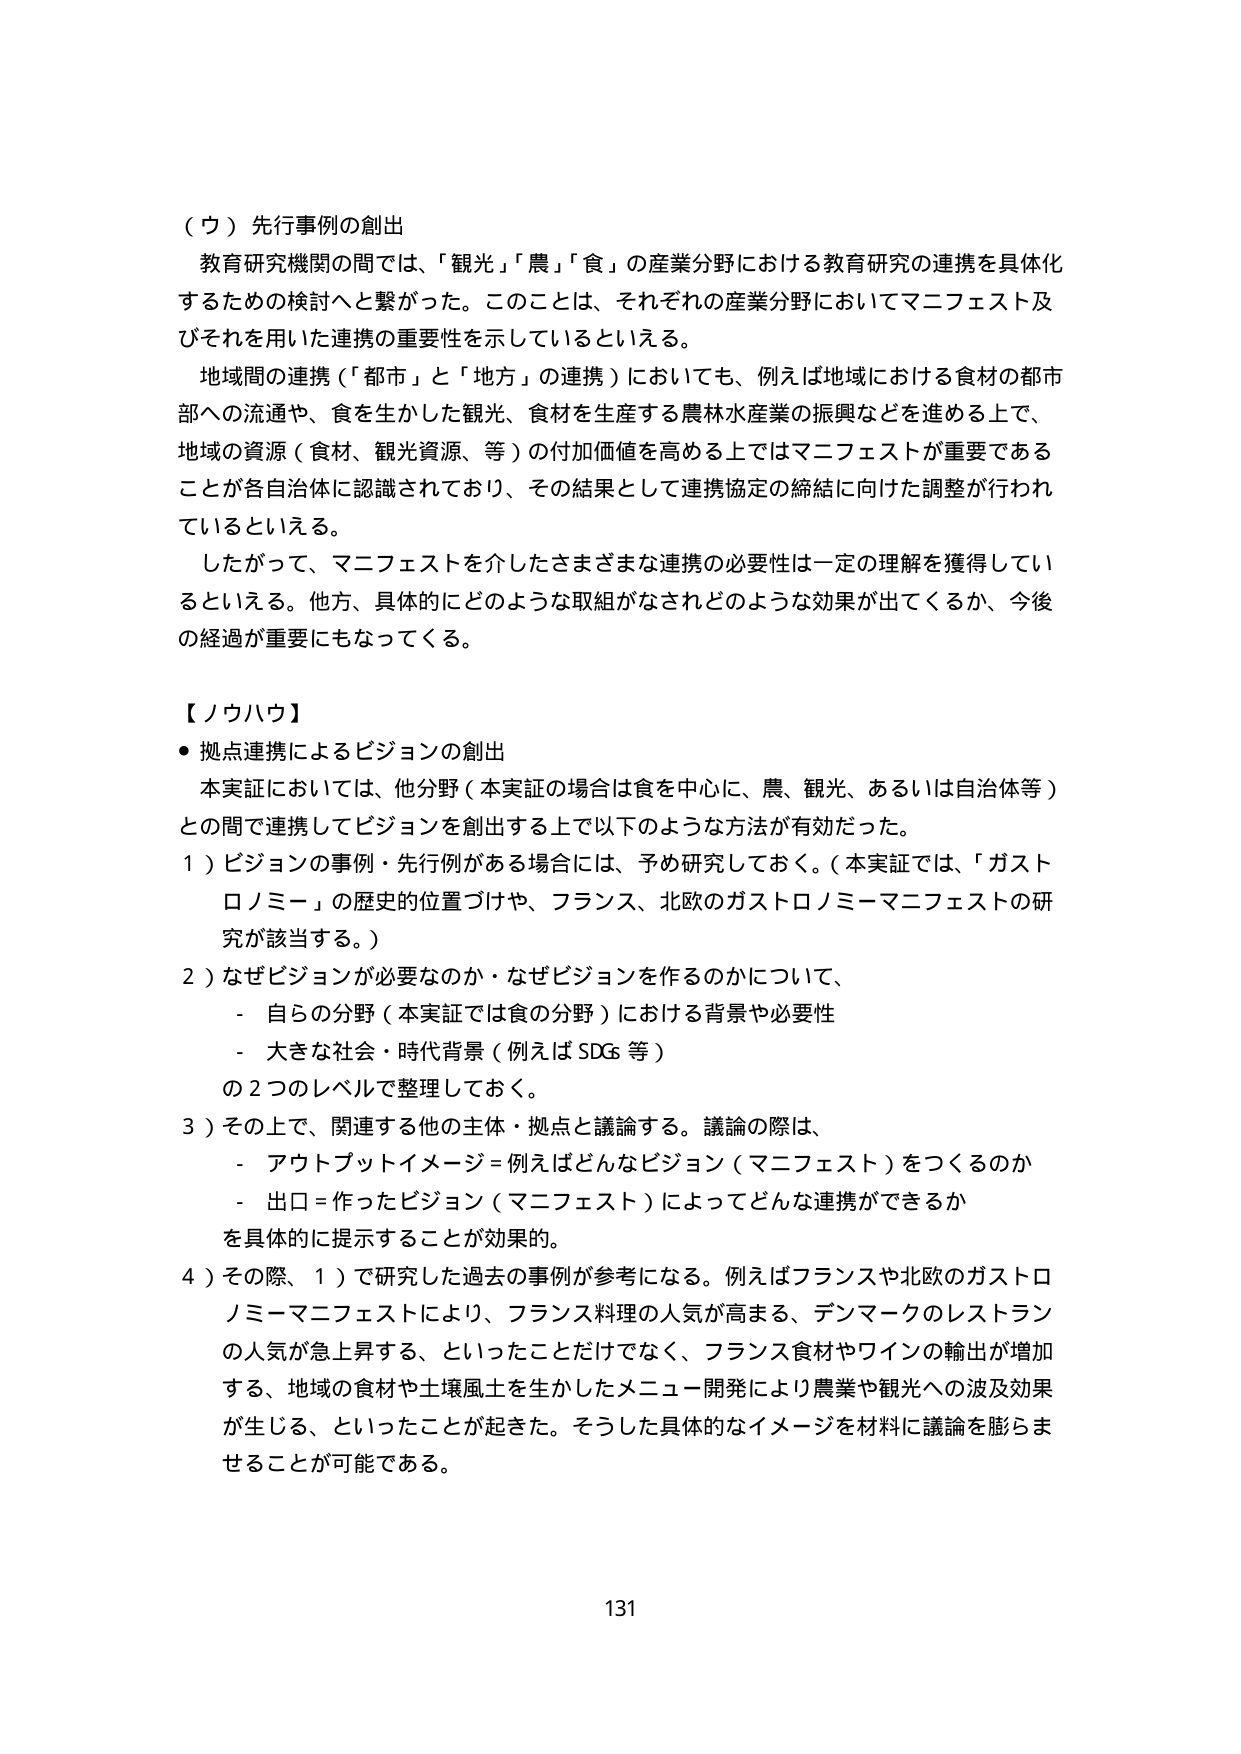
（ウ）先行事例の創出
教育研究機関の間では、「観光」「農」「食」の産業分野における教育研究の連携を具体化するための検討へと繋がった。このことは、それぞれの産業分野においてマニフェスト及びそれを用いた連携の重要性を示しているといえる。
地域間の連携（「都市」と「地方」の連携）においても、例えば地域における食材の都市部への流通や、食を生かした観光、食材を生産する農林水産業の振興などを進める上で、地域の資源（食材、観光資源、等）の付加価値を高める上ではマニフェストが重要であることが各自治体に認識されており、その結果として連携協定の締結に向けた調整が行われているといえる。
したがって、マニフェストを介したさまざまな連携の必要性は一定の理解を獲得しているといえる。他方、具体的にどのような取組がなされどのような効果が出てくるか、今後の経過が重要にもなってくる。

【ノウハウ】
・拠点連携によるビジョンの創出
本実証においては、他分野（本実証の場合は食を中心に、農、観光、あるいは自治体等）との間で連携してビジョンを創出する上で以下のような方法が有効だった。
1）ビジョンの事例・先行例がある場合には、予め研究しておく。（本実証では、「ガストロノミー」の歴史的位置づけや、フランス、北欧のガストロノミーマニフェストの研究が該当する。）
2）なぜビジョンが必要なのか・なぜビジョンを作るのかについて、
　- 自らの分野（本実証では食の分野）における背景や必要性
　- 大きな社会・時代背景（例えばSDGs等）
　の2つのレベルで整理しておく。
3）その上で、関連する他の主体・拠点と議論する。議論の際は、
　- アウトプットイメージ＝例えばどんなビジョン（マニフェスト）をつくるのか
　- 出口＝作ったビジョン（マニフェスト）によってどんな連携ができるか
　を具体的に提示することが効果的。
4）その際、1）で研究した過去の事例が参考になる。例えばフランスや北欧のガストロノミーマニフェストにより、フランス料理の人気が高まる、デンマークのレストランの人気が急上昇する、といったことだけでなく、フランス食材やワインの輸出が増加する、地域の食材や土壌風土を生かしたメニュー開発により農業や観光への波及効果が生じる、といったことが起きた。そうした具体的なイメージを材料に議論を膨らませることが可能である。

131